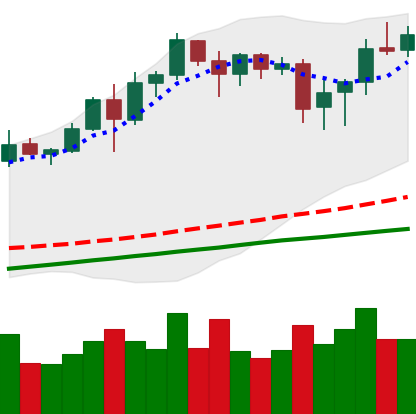
Ticker: BNB-USD
Chart end date: 2020-08-16
Forward return: -5.823%
Label: down_5_7